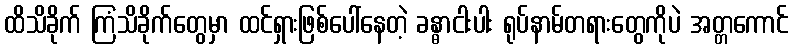
ထိသိခိုက် ကြံသိခိုက်တွေမှာ ထင်ရှားဖြစ်ပေါ်နေတဲ့ ခန္ဓာငါးပါး ရုပ်နာမ်တရားတွေကိုပဲ အတ္တကောင်